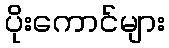
ပိုးကောင်များ